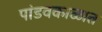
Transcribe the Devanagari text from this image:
पांडवकाळात